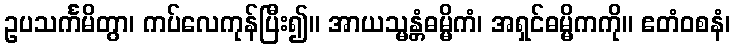
ဥပသင်္ကမိတွာ၊ ကပ်လေကုန်ပြီး၍။ အာယသ္မန္တံဓမ္မိကံ၊ အရှင်ဓမ္မိကကို။ ဧတံဝစနံ၊